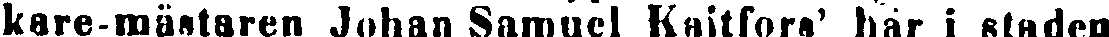
kare-mästaren Johan Samuel Knitfors' här i staden